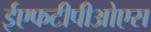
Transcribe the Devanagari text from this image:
ईएफटीपीओएस